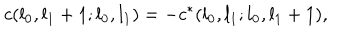
c ( l _ { 0 } , l _ { 1 } + 1 ; l _ { 0 } , l _ { 1 } ) = - c ^ { * } ( l _ { 0 } , l _ { 1 } ; l _ { 0 } , l _ { 1 } + 1 ) ,